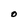
Character: O